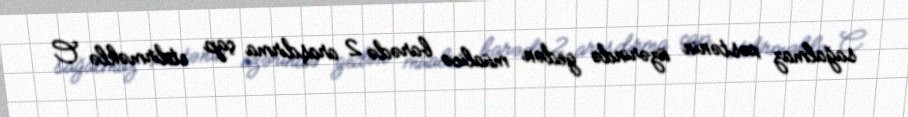
sağalmaz xəstənin üzərində gedən müalicə barədə 2 araşdırma çap etdirməklə C